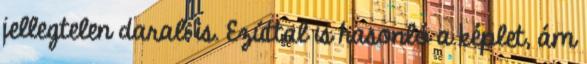
jellegtelen darab is. Ezúttal is hasonló a képlet, ám